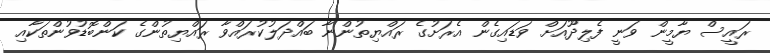
ރައީސް ޔާމީން ވަނީ ފެލިދޫއަށް ވަޑައިގެން އެރަށުގެ ރައްޔިތުންނާ ބައްދަލުކުރައްވާ ރައްޔިތުންގެ ކަންބޮޑުވުންތަކާއި